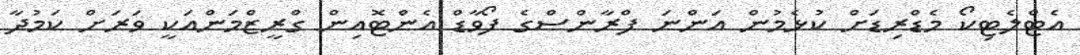
އެޓްލެޓިކޯ މެޑްރިޑަށް ކުޅެމުން އަންނަ ފްރާންސްގެ ފޯވާޑް އެންޓޮއިން ގްރީޒްމަންއަކީ ވަރަށް ކަމުދާ